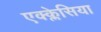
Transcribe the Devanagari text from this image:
एक्क्लेसिया